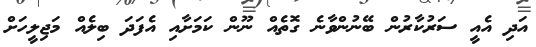
އަދި އެއީ ސަރުކާރުން ބޭނުންވާނެ ގޮތެއް ނޫން ކަމަށާއި އެފަދަ ބިލެއް މަޖިލީހަށް